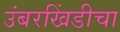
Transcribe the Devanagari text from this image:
उंबरखिंडीचा